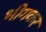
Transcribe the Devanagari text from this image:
भीगकर